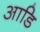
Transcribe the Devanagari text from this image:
आडि